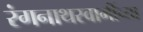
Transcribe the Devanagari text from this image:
रंगनाथस्वामींच्या